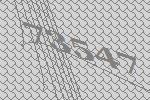
73547